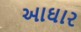
આઘાર